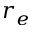
r _ { e }